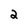
Character: 2